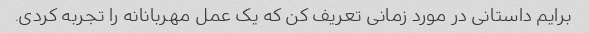
برایم داستانی در مورد زمانی تعریف کن که یک عمل مهربانانه را تجربه کردی.